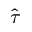
\widehat { \tau }